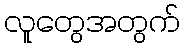
လူတွေအတွက်